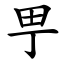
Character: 甼